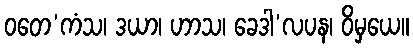
ဝတေ’ကံသ၊ ဒယာ၊ ဟာသ၊ ခေဒါ’လပန၊ ဝိမှယေ။